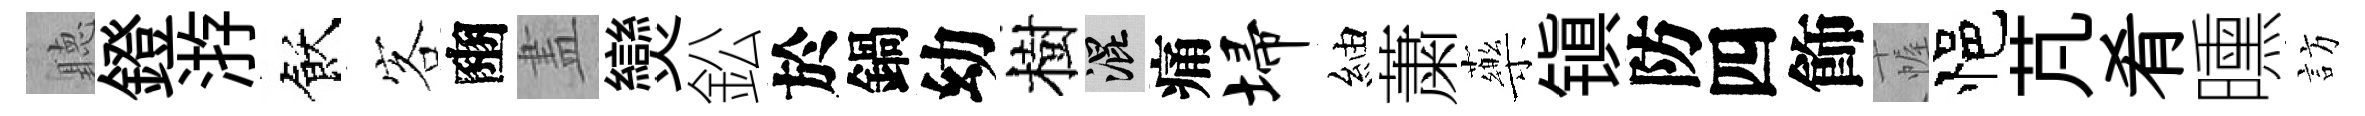
聽鐙㳺飫客豳𥁞𤓖鈆於鍋幼樹混痛埽紬䔥藥镇防四飾幄悒芃肴曛訪